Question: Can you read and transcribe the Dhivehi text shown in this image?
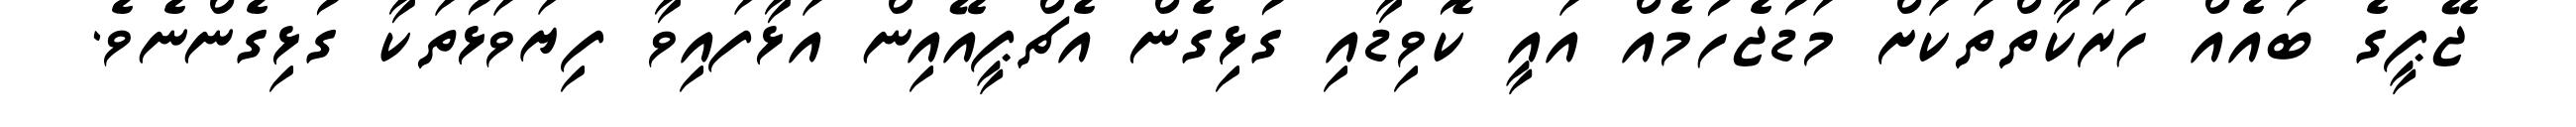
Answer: ޖޭޕީގެ ބައެއް ހަރަކާތްތަކަށް މަޑުޖެހުމެއް އައީ ކޮވިޑާއި ގުޅިގެން އެޗްޕީއޭއިން އަޅާފައިވާ ފިޔަވަޅުތަކާ ގުޅިގެންނެވެ.